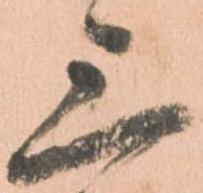
三